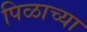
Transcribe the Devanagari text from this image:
पिळाच्या